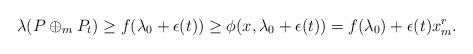
LaTeX: \begin{align*}\lambda(P\oplus_m P_t)\geq f(\lambda_0+\epsilon(t))\geq \phi(x, \lambda_0+\epsilon(t))= f(\lambda_0)+\epsilon(t)x_{m}^r.\end{align*}